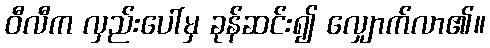
ဝီလီက လှည်းပေါ်မှ ခုန်ဆင်း၍ လျှောက်လာ၏။